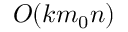
O ( k m _ { 0 } n )